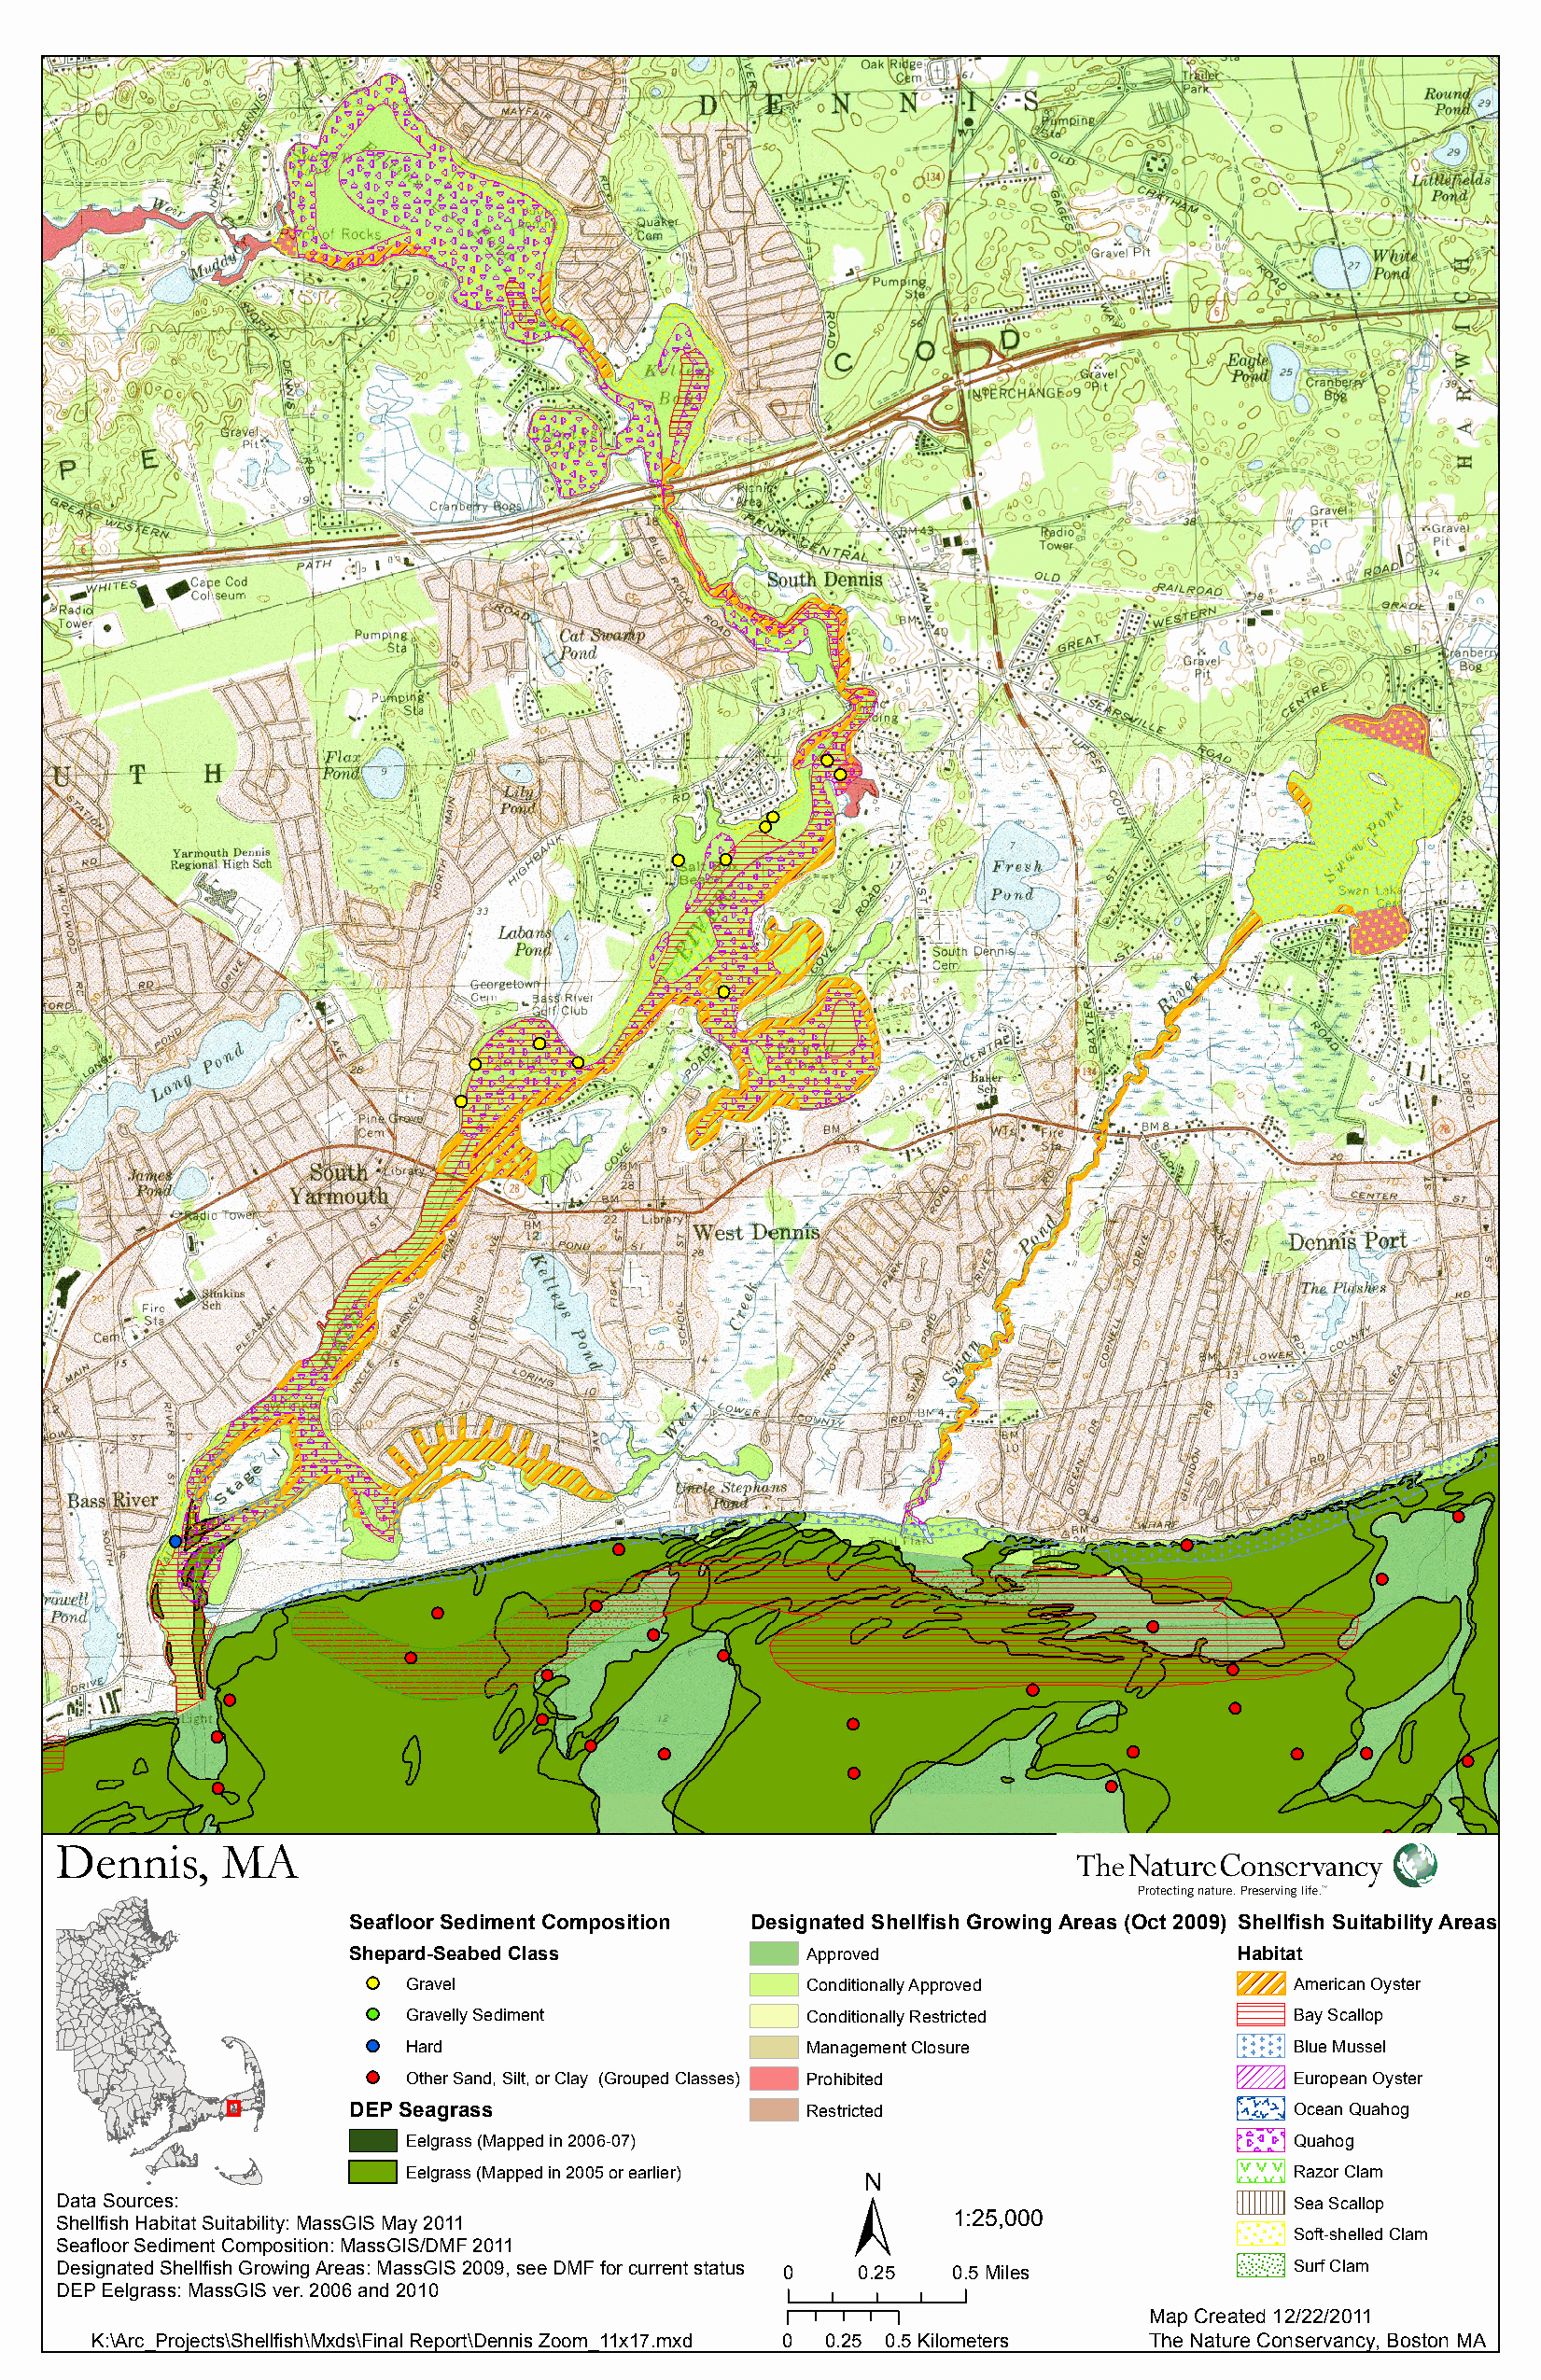
Dennis,     MA
 Seafloor Sediment Composition Designated Shellfish Growing Areas (Oct 2009) Shellfish Suitability Areas
 Shepard-Seabed Class            Approved                       Habitat
 Gravel                      Conditionally Approved             American Oyster
 Gravelly Sediment           Conditionally Restricted           Bay Scallop
 Hard                        Management Closure                 Blue Mussel
 Other Sand, Silt, or Clay (Grouped Classes) Prohibited         European Oyster
 DEP Seagrass                    Restricted                         Ocean Quahog
 Eelgrass (Mapped in 2006-07)                                   Quahog
 ±
 Eelgrass (Mapped in 2005 or earlier)                           Razor Clam
 Data Sources:                                                                           Sea Scallop
 1:25,000
 Shellfish Habitat Suitability: MassGIS May 2011
 Soft-shelled Clam
 Seafloor Sediment Composition: MassGIS/DMF 2011
 Designated Shellfish Growing Areas: MassGIS 2009, see DMF for current status 0 0.25 0.5 Miles Surf Clam
 DEP Eelgrass: MassGIS ver. 2006 and 2010
 Map Created 12/22/2011
 K:\Arc_Projects\Shellfish\Mxds\Final Report\Dennis Zoom_11x17.mxd 0 0.25 0.5 Kilometers The Nature Conservancy, Boston MA